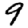
Digit: 9